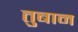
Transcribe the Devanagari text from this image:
तुबान